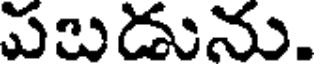
పబడును.